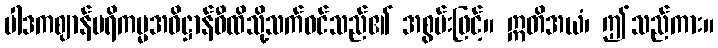
ပါဒကဈာန်ပရိကမ္မအဓိဋ္ဌာန်ဝီထိသို့သက်ဝင်သည်၏ အစွမ်းဖြင့်။ ဣတိအယံ၊ ဤသည်ကား။